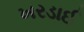
ખરડાઈ